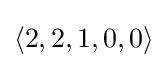
\langle 2,2,1,0,0\rangle